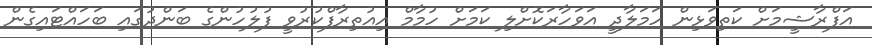
އަފްރާޝީމަށް ކަތިވަޅިން ހަމަލާދީ އަވަހާރަކޮށްލި ކަމަށް ހުމާމް އިއުތިރާފްކުރުވީ ފުލުހުންގެ ބަންދުގައި ބަހައްޓައިގެން